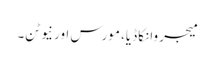
میجر وانکاڈیا، مورس اور نیوٹن۔